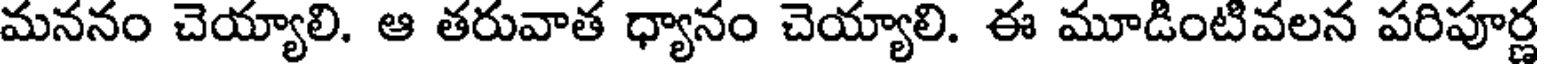
మననం చెయ్యాలి. ఆ తరువాత ధ్యానం చెయ్యాలి. ఈ మూడింటివలన పరిపూర్ణ